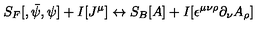
S _ { F } [ , { \bar { \psi } } , \psi ] + I [ J ^ { \mu } ] \leftrightarrow S _ { B } [ A ] + I [ \epsilon ^ { \mu \nu \rho } \partial _ { \nu } A _ { \rho } ]